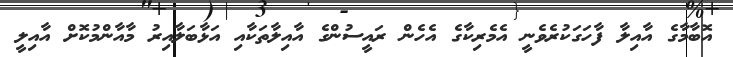
އޮބާމާގެ އާއިލާ ފާހަގަކުރެވެނީ އެމެރިކާގެ އެހެން ރައީސުންގެ އާއިލާތަކާއި އަޅާބަލާއިރު މާއާންމުކޮށް އާއިލީ